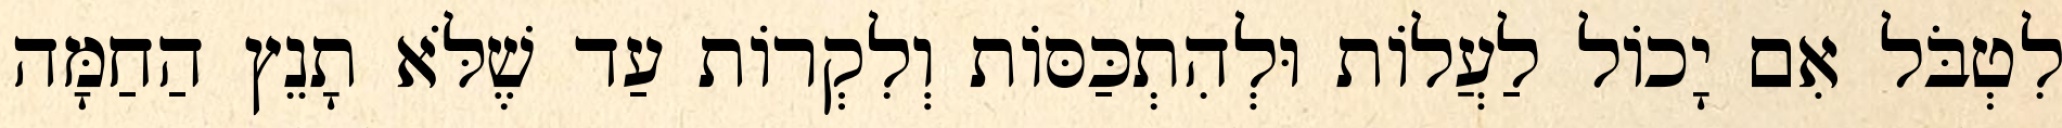
לִטְבֹּל אִם יָכוֹל לַעֲלוֹת וּלְהִתְכַּסּוֹת וְלִקְרוֹת עַד שֶׁלֹּא תָנֵץ הַחַמָּה